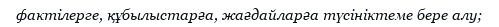
фактілерге, құбылыстарға, жағдайларға түсініктеме бере алу;